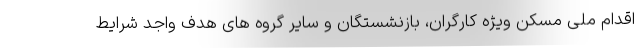
اقدام ملی مسکن ویژه کارگران، بازنشستگان و سایر گروه های هدف واجد شرایط